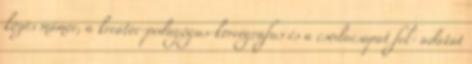
közös mámor, a kreátor-pedagógus-koreográfus és a csodacsapat fel- adatát